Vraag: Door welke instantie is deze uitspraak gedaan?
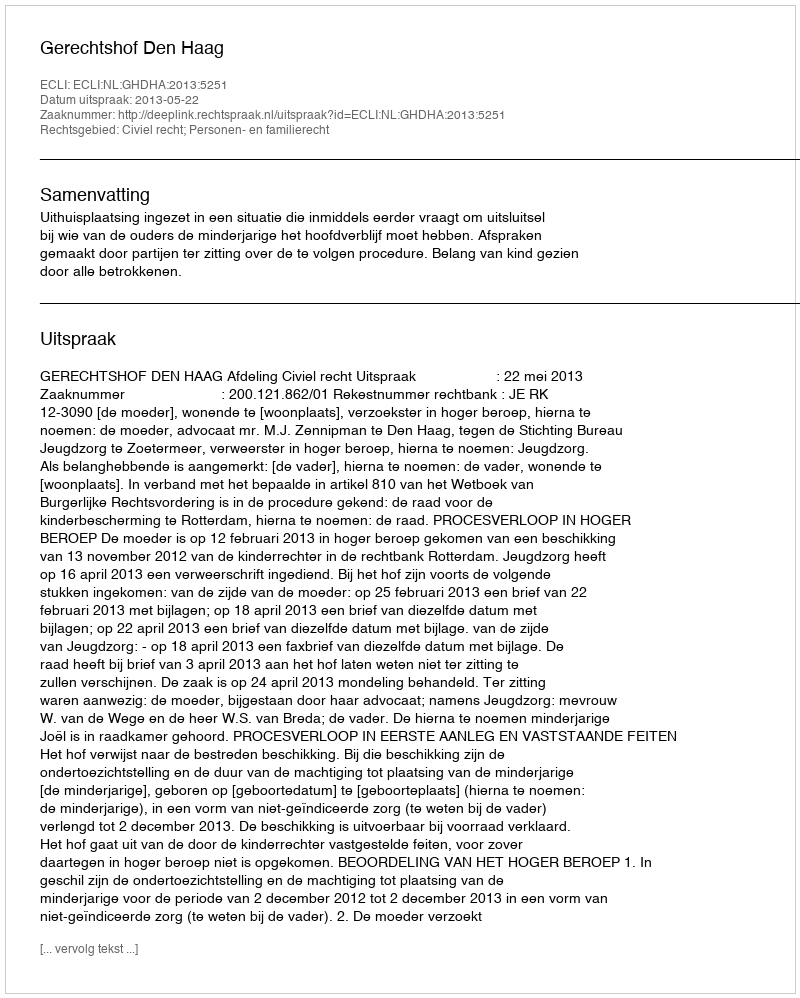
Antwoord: Gerechtshof Den Haag